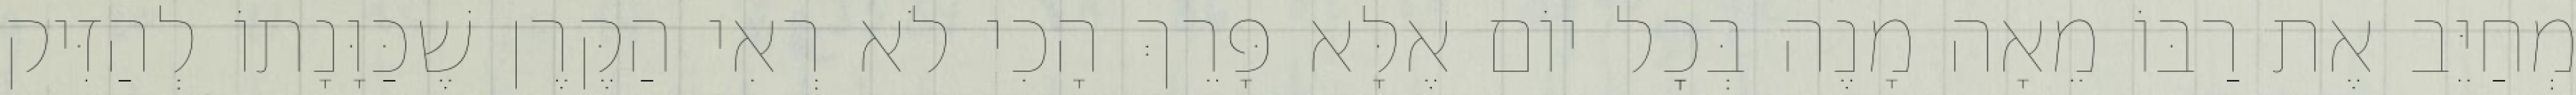
מְחַיֵּב אֶת רַבּוֹ מֵאָה מָנֶה בְּכׇל יוֹם אֶלָּא פָּרֵךְ הָכִי לֹא רְאִי הַקֶּרֶן שֶׁכַּוָּנָתוֹ לְהַזִּיק